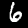
Label: 6